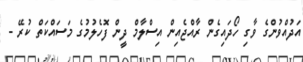
އަދުއްވުންގެ ވާގި ހޯދައިގެން ރާއްޖެއިން އިސްލާމް ދީން ފޮހެލުމުގެ މަސައްކަތް ކުރޭ -